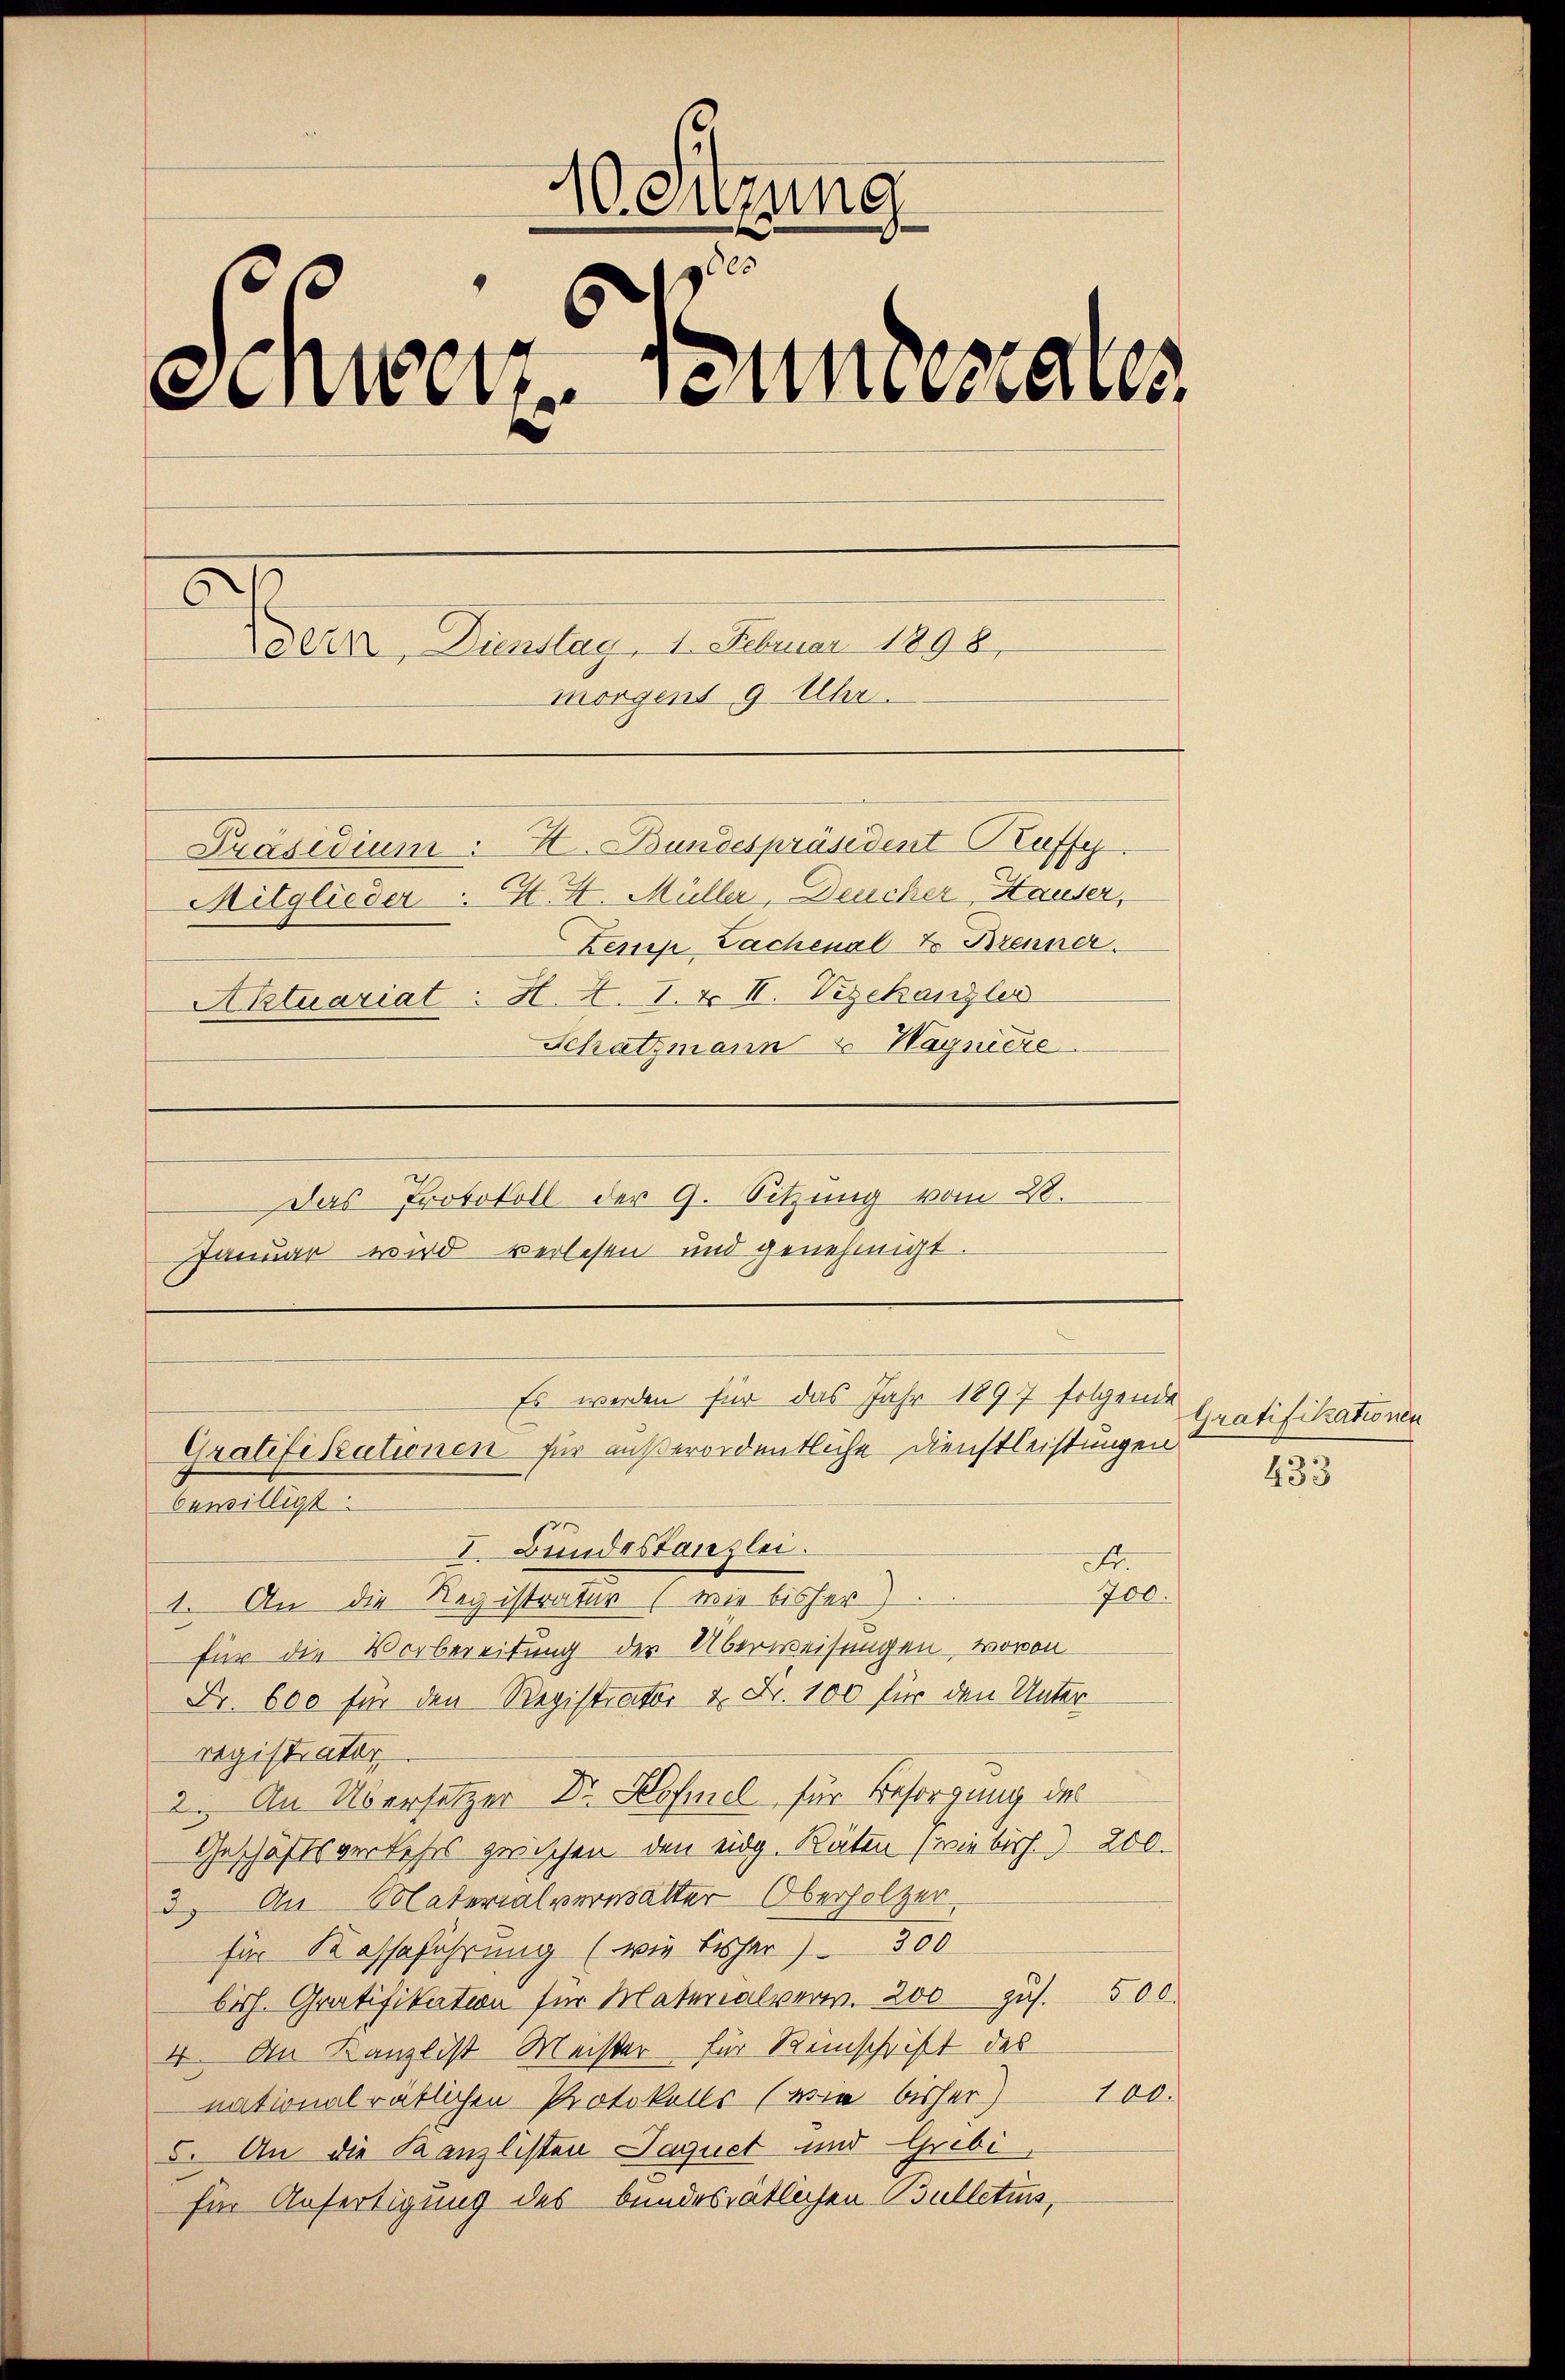
.
.enzung
0
Schwertenmessens
6
deun, Dienstag 1. Februar 1898.
morgens 9 Uhr.
Präsidium: H. Bundespräsident Kuffe

Mitglieder .. H. St. Müller, Deucher Hauser,
Zemp Lachenalt Brenner.
Aktuariat H. A. 1. F. II. Vizekanzler
Schatzmann u Wagniere

Das Protokoll der 9. Sitzung vom 28.
Januar wird verlesen und genehmigt.

Es werden für das Jahr 1897 folgende
Gratifikationen für außerordentliche Dienstleistungen
bewilligt:
I. Bundestanzlei.
Fr.
700.

1. An die Registratur (wie bisher
für die Vorbereitung der Überweisungen, wovon
Fr. 600 für den Registrator & Fr. 100 für den Unterregistrator
2. An Übersetzer Dr. Hofmel für Besorgung der
Geschäftsverkehrs zwischen den eidg. Räten (wie bish.) 200.
3) An Materialversalter Oberholzer
für Kassaführung (wie bisher) - 300
bisch. Gratifikation für Materialver. 200 zu. 500.
4. An Kanzlist Meister für Reinschrift des
100.
nationalrätlichen Protokolls (wie bisher)
5. An die Kanzlisten Jaquet und Grebi
für Anfertigung des bundesrätlichen Bulletin,

Gratifikationen

433